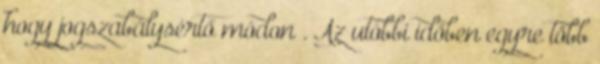
hogy jogszabálysértő módon . Az utóbbi időben egyre több